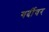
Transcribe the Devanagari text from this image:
गर्दीवर